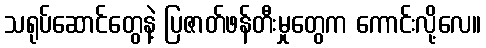
သရုပ်ဆောင်တွေနဲ့ ပြဇာတ်ဖန်တီးမှုတွေက ကောင်းလို့လေ။